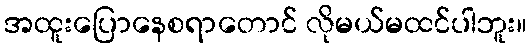
အထူးပြောနေစရာတောင် လိုမယ်မထင်ပါဘူး။